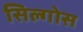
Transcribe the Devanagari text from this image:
सिल्गोस